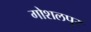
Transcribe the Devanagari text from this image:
गोशलपुर